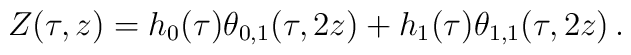
Z(\tau,z)=h_0(\tau)\theta_{0,1}(\tau,2z)  +h_1(\tau)\theta_{1,1}(\tau,2z)\,.